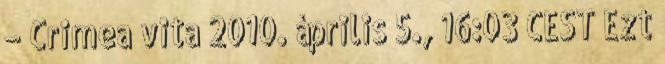
– Crimea vita 2010. április 5., 16:03 CEST Ezt